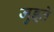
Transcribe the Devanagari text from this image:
जुड़्ते